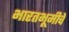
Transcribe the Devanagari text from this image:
भारतभूमीचे